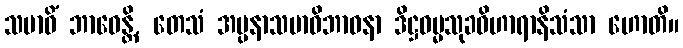
သမာဓိံ ဘာဝေန္တိ, တေသံ အပ္ပနာသမာဓိဘာဝနာ ဒိဋ္ဌဓမ္မသုခဝိဟာရာနိသံသာ ဟောတိ။